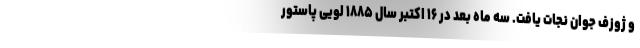
و ژوزف جوان نجات یافت. سه ماه بعد در ۱۶ اکتبر سال ۱۸۸۵ لویی پاستور